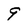
Character: 9